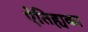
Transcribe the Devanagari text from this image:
ऐतिह्यका